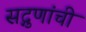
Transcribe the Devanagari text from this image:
सद्गुणांची